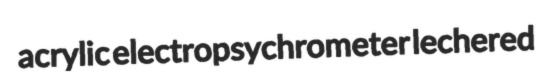
acrylic electropsychrometer lechered